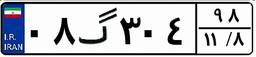
۰۸گ۳۰۴۹۸